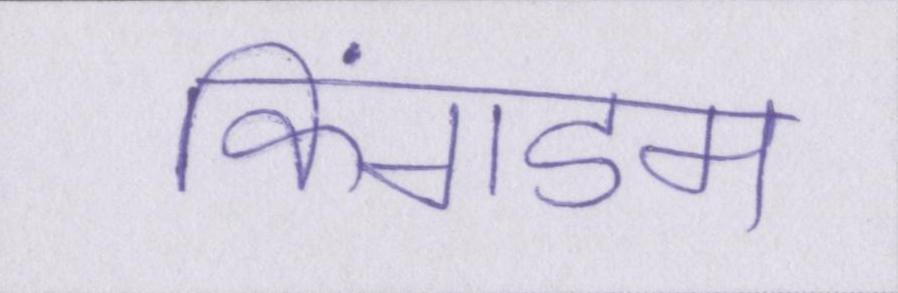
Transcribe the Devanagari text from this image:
किंगडम